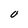
Character: O